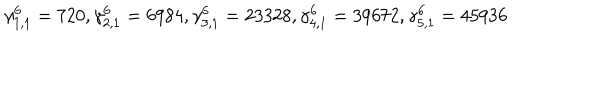
\gamma _ { 1 , 1 } ^ { 6 } = 7 2 0 , \gamma _ { 2 , 1 } ^ { 6 } = 6 9 8 4 , \gamma _ { 3 , 1 } ^ { 6 } = 2 3 3 2 8 , \gamma _ { 4 , 1 } ^ { 6 } = 3 9 6 7 2 , \gamma _ { 5 , 1 } ^ { 6 } = 4 5 9 3 6 \nonumber